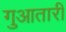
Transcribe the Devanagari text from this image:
गुआतारी